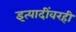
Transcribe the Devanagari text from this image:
इत्यादींवरही